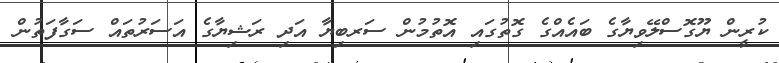
ކުރީން ޔޫގޮސްލޭވިޔާގެ ބައެއްގެ ގޮތުގައި އޮތުމުން ސަރބިޔާ އަދި ރަޝިިޔާގެ އަސަރުތައް ސަގާފަތުން